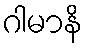
ဂါမာနိ